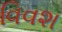
વિવશ